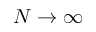
N \to \infty